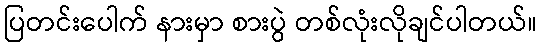
ပြတင်းပေါက် နားမှာ စားပွဲ တစ်လုံးလိုချင်ပါတယ်။